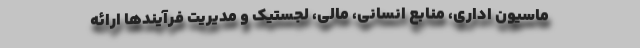
ماسیون اداری، منابع انسانی، مالی، لجستیک و مدیریت فرآیندها ارائه